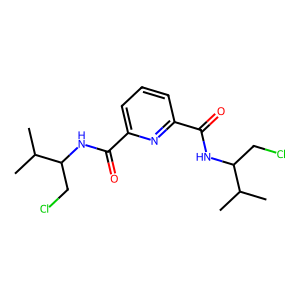
SMILES: CC(C)C(CCl)NC(=O)c1cccc(C(=O)NC(CCl)C(C)C)n1
Inhibits HIV replication: No